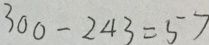
3 0 0 - 2 4 3 = 5 7